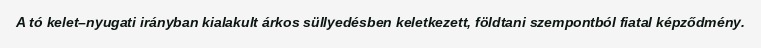
A tó kelet–nyugati irányban kialakult árkos süllyedésben keletkezett, földtani szempontból fiatal képződmény.